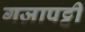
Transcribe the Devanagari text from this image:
गज़ापट्टी